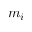
m _ { i }